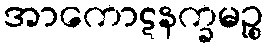
အာကောဋနက္ခမဉ္စ